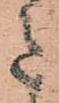
意